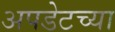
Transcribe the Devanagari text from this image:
अपडेटच्या